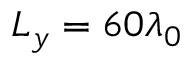
L _ { y } = 6 0 \lambda _ { 0 }